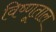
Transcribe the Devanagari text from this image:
विष्णूताल